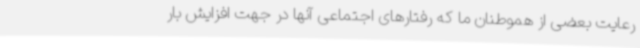
رعایت بعضی از هموطنان ما که رفتارهای اجتماعی آنها در جهت افزایش بار